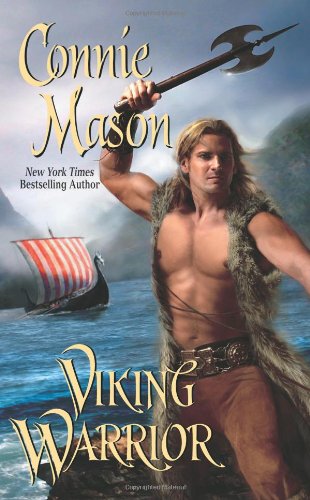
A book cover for Viking Warrior (Leisure Historical Romance); Connie Mason; Romance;